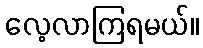
လေ့လာကြရမယ်။